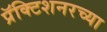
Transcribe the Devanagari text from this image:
प्रॅक्टिशनरच्या